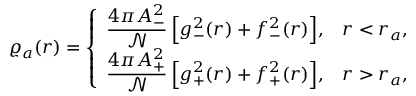
\varrho _ { a } ( r ) = \left\{ \begin{array} { c c } { \displaystyle \frac { 4 \pi A _ { - } ^ { 2 } } { \mathcal { N } } \, \Big [ g _ { - } ^ { 2 } ( r ) + f _ { - } ^ { 2 } ( r ) \Big ] , } & { r < r _ { a } , } \\ { \displaystyle \frac { 4 \pi A _ { + } ^ { 2 } } { \mathcal { N } } \, \Big [ g _ { + } ^ { 2 } ( r ) + f _ { + } ^ { 2 } ( r ) \Big ] , } & { r > r _ { a } , } \end{array} \right.